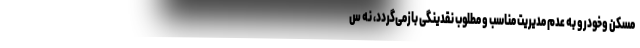
مسکن و‌خودرو به عدم مدیریت مناسب و مطلوب نقدینگی بازمی‌گردد، نه س